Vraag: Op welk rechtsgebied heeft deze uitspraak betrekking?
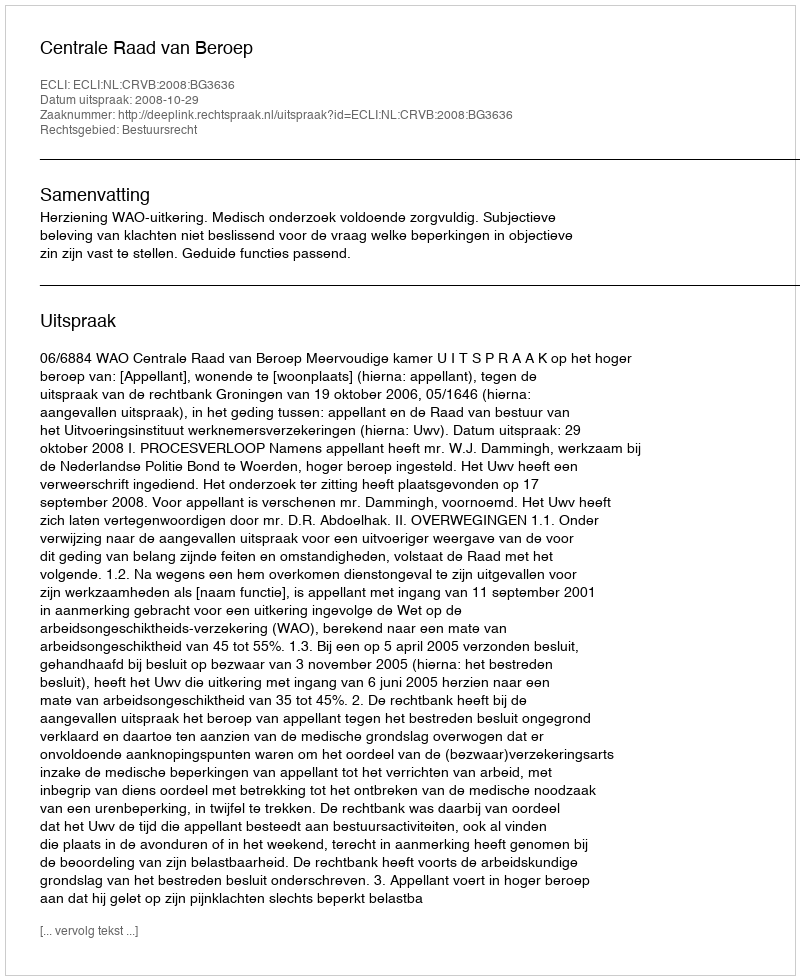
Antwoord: Bestuursrecht